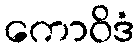
ကောဝိဒံ